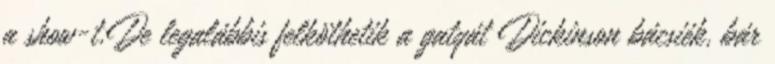
a show-t.De legalábbis felköthetik a gatyát Dickinson bácsiék, bár